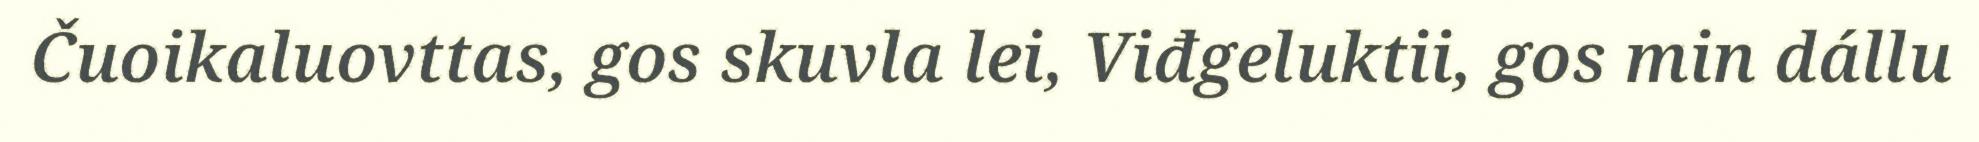
Čuoikaluovttas, gos skuvla lei, Viđgeluktii, gos min dállu